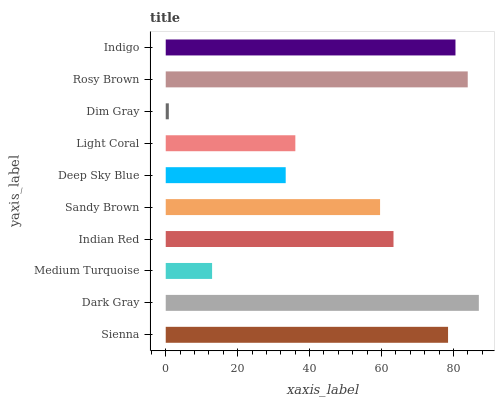
| yaxis_label | bars |
 | --- | --- |
 | Sienna | 78.5 |
 | Dark Gray | 87.1 |
 | Medium Turquoise | 12.9 |
 | Indian Red | 63.3 |
 | Sandy Brown | 59.6 |
 | Deep Sky Blue | 33.4 |
 | Light Coral | 36 |
 | Dim Gray | 0.862 |
 | Rosy Brown | 84 |
 | Indigo | 80.6 |